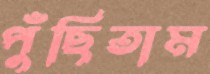
পুঁছিতাম